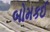
બોમકઈ